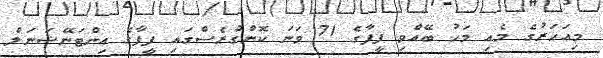
މިއަހަރުގެ މެއި މަހު ބޭއްވި ފީފާގެ 71 ވަނަ ކޮންގްރެސްގައި ފީފާގެ އިންޓަނޭޝަނަލް